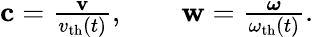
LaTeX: \begin{array}{r}{\mathbf{c}=\frac{\mathbf{v}}{v_{\mathrm{th}}(t)},\qquad\mathbf{w}=\frac{\boldsymbol{\omega}}{\omega_{\mathrm{th}}(t)}.}\end{array}